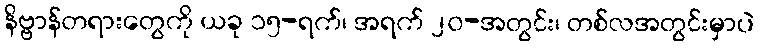
နိဗ္ဗာန်တရားတွေကို ယခု ၁၅-ရက်၊ အရက် ၂၀-အတွင်း၊ တစ်လအတွင်းမှာပဲ